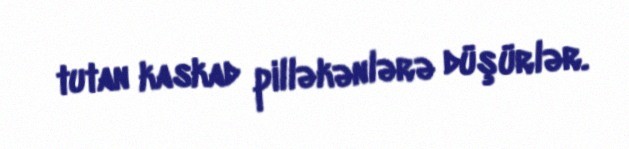
tutan kaskad pilləkənlərə düşürlər.